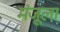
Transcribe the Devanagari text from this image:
मंजूला